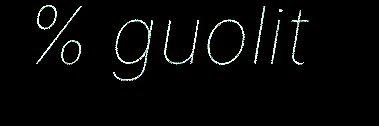
% guolit